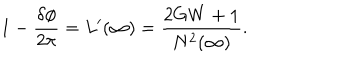
1 - \frac { \delta \phi } { 2 \pi } = L ^ { \prime } ( \infty ) = \frac { 2 G W + 1 } { N ^ { 2 } ( \infty ) } .